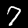
Digit: 7